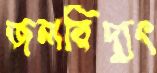
জলবিদ্যুৎ